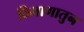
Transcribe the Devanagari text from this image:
विभागातुन